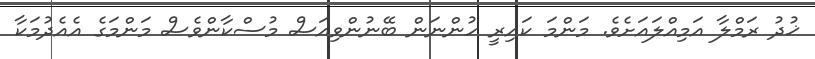
ޚުދު ރަމްލާ އަމިއްލައަށެވެ. މަންމަ ކައިރީ ހުންނަން ބޭނުންވިއަސް މުސްކާންވެސް މަންމަގެ އެއެދުމަކާ